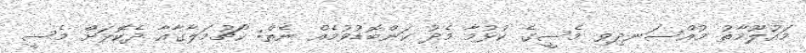
މައުލޫމާތު މުއްސަނދިވި މެސީގެ ކުޅުމާ މެދު ކަންބޮޑުވުމެއް ނެތް: ކޯޗުމަލާގާއާ ދެކޮޅަށް މެސީ